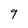
Character: 9